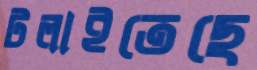
টলাইতেছে